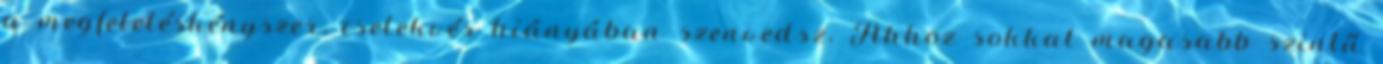
a megfeleléskényszer, cselekvés hiányában szenvedsz. Ahhoz sokkal magasabb szintű